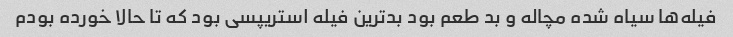
فیله‌ها سیاه شده مچاله و بد طعم بود بدترین فیله استریپسی بود که تا حالا خورده بودم